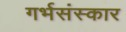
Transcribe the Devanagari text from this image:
गर्भसंस्कार